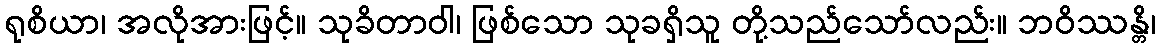
ရုစိယာ၊ အလိုအားဖြင့်။ သုခိတာဝါ၊ ဖြစ်သော သုခရှိသူ တို့သည်သော်လည်း။ ဘဝိဿန္တိ၊